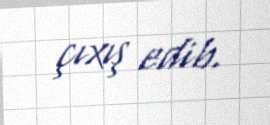
çıxış edib.